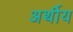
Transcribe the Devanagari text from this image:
अर्थीय